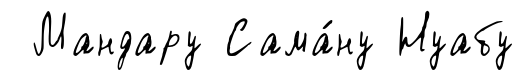
Мандару Сама́ну Нуабу